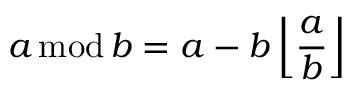
a \, \mathrm { m o d } \, b = a - b \left\lfloor { \frac { a } { b } } \right\rfloor